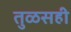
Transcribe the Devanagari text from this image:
तुळसही